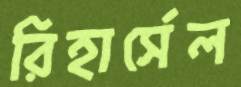
রিহার্সেল